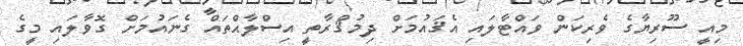
މިއީ ސޫރިޔާގެ ވެރިކަން ވައްޓާލައި އެޤައުމަށް ދިމުޤްރާތީ އިސްލާޙްތައް ގެނައުމަށް ގޮވާލައި މީގެ